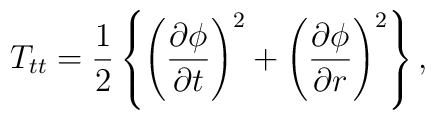
T_{tt} =\frac{1}{2} \left\{\left( \frac{\partial \phi}{\partial t} \right)^2 +\left( \frac{\partial \phi}{\partial r} \right)^2\right\},